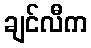
ချင်လီက